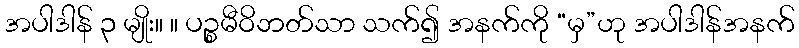
အပါဒါန် ၃ မျိုး။ ။ ပဉ္စမီဝိဘတ်သာ သက်၍ အနက်ကို “မှ”ဟု အပါဒါန်အနက်